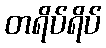
တရိပ်ရိပ်